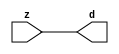

//------> /package/eda/mg/Catapult_10.3d/Mgc_home/pkgs/siflibs/mgc_in_wire_v2.v 
//------------------------------------------------------------------------------
// Catapult Synthesis - Sample I/O Port Library
//
// Copyright (c) 2003-2017 Mentor Graphics Corp.
//       All Rights Reserved
//
// This document may be used and distributed without restriction provided that
// this copyright statement is not removed from the file and that any derivative
// work contains this copyright notice.
//
// The design information contained in this file is intended to be an example
// of the functionality which the end user may study in preparation for creating
// their own custom interfaces. This design does not necessarily present a 
// complete implementation of the named protocol or standard.
//
//------------------------------------------------------------------------------


module mgc_in_wire_v2 (d, z);

  parameter integer rscid = 1;
  parameter integer width = 8;

  output [width-1:0] d;
  input  [width-1:0] z;

  wire   [width-1:0] d;

  assign d = z;

endmodule


//------> /package/eda/mg/Catapult_10.3d/Mgc_home/pkgs/siflibs/ccs_in_v1.v 
//------------------------------------------------------------------------------
// Catapult Synthesis - Sample I/O Port Library
//
// Copyright (c) 2003-2017 Mentor Graphics Corp.
//       All Rights Reserved
//
// This document may be used and distributed without restriction provided that
// this copyright statement is not removed from the file and that any derivative
// work contains this copyright notice.
//
// The design information contained in this file is intended to be an example
// of the functionality which the end user may study in preparation for creating
// their own custom interfaces. This design does not necessarily present a 
// complete implementation of the named protocol or standard.
//
//------------------------------------------------------------------------------


module ccs_in_v1 (idat, dat);

  parameter integer rscid = 1;
  parameter integer width = 8;

  output [width-1:0] idat;
  input  [width-1:0] dat;

  wire   [width-1:0] idat;

  assign idat = dat;

endmodule


//------> /package/eda/mg/Catapult_10.3d/Mgc_home/pkgs/siflibs/ccs_out_v1.v 
//------------------------------------------------------------------------------
// Catapult Synthesis - Sample I/O Port Library
//
// Copyright (c) 2003-2015 Mentor Graphics Corp.
//       All Rights Reserved
//
// This document may be used and distributed without restriction provided that
// this copyright statement is not removed from the file and that any derivative
// work contains this copyright notice.
//
// The design information contained in this file is intended to be an example
// of the functionality which the end user may study in preparation for creating
// their own custom interfaces. This design does not necessarily present a 
// complete implementation of the named protocol or standard.
//
//------------------------------------------------------------------------------

module ccs_out_v1 (dat, idat);

  parameter integer rscid = 1;
  parameter integer width = 8;

  output   [width-1:0] dat;
  input    [width-1:0] idat;

  wire     [width-1:0] dat;

  assign dat = idat;

endmodule




//------> /package/eda/mg/Catapult_10.3d/Mgc_home/pkgs/siflibs/mgc_io_sync_v2.v 
//------------------------------------------------------------------------------
// Catapult Synthesis - Sample I/O Port Library
//
// Copyright (c) 2003-2017 Mentor Graphics Corp.
//       All Rights Reserved
//
// This document may be used and distributed without restriction provided that
// this copyright statement is not removed from the file and that any derivative
// work contains this copyright notice.
//
// The design information contained in this file is intended to be an example
// of the functionality which the end user may study in preparation for creating
// their own custom interfaces. This design does not necessarily present a 
// complete implementation of the named protocol or standard.
//
//------------------------------------------------------------------------------


module mgc_io_sync_v2 (ld, lz);
    parameter valid = 0;

    input  ld;
    output lz;

    wire   lz;

    assign lz = ld;

endmodule


//------> ./rtl.v 
// ----------------------------------------------------------------------
//  HLS HDL:        Verilog Netlister
//  HLS Version:    10.3d/815731 Production Release
//  HLS Date:       Wed Apr 24 14:54:19 PDT 2019
// 
//  Generated by:   695r48@ecegrid-thin4.ecn.purdue.edu
//  Generated date: Wed Nov 10 16:28:20 2021
// ----------------------------------------------------------------------

// 
// ------------------------------------------------------------------
//  Design Unit:    fir_core_core_fsm
//  FSM Module
// ------------------------------------------------------------------


module fir_core_core_fsm (
  clk, rst, fsm_output
);
  input clk;
  input rst;
  output [1:0] fsm_output;
  reg [1:0] fsm_output;


  // FSM State Type Declaration for fir_core_core_fsm_1
  parameter
    main_C_0 = 1'd0,
    main_C_1 = 1'd1;

  reg [0:0] state_var;
  reg [0:0] state_var_NS;


  // Interconnect Declarations for Component Instantiations 
  always @(*)
  begin : fir_core_core_fsm_1
    case (state_var)
      main_C_1 : begin
        fsm_output = 2'b10;
        state_var_NS = main_C_0;
      end
      // main_C_0
      default : begin
        fsm_output = 2'b01;
        state_var_NS = main_C_1;
      end
    endcase
  end

  always @(posedge clk) begin
    if ( rst ) begin
      state_var <= main_C_0;
    end
    else begin
      state_var <= state_var_NS;
    end
  end

endmodule

// ------------------------------------------------------------------
//  Design Unit:    fir_core
// ------------------------------------------------------------------


module fir_core (
  clk, rst, coeffs_rsc_z, coeffs_rsc_triosy_lz, in1_rsc_dat, in1_rsc_triosy_lz, out1_rsc_dat,
      out1_rsc_triosy_lz
);
  input clk;
  input rst;
  input [511:0] coeffs_rsc_z;
  output coeffs_rsc_triosy_lz;
  input [15:0] in1_rsc_dat;
  output in1_rsc_triosy_lz;
  output [15:0] out1_rsc_dat;
  output out1_rsc_triosy_lz;


  // Interconnect Declarations
  wire [511:0] coeffs_rsci_d;
  wire [15:0] in1_rsci_idat;
  reg [15:0] out1_rsci_idat;
  reg out1_rsc_triosy_obj_ld;
  wire [1:0] fsm_output;
  wire or_tmp;
  reg main_stage_0_2;
  reg reg_in1_rsc_triosy_obj_ld_cse;
  wire [29:0] z_out;
  wire [30:0] nl_z_out;
  reg [15:0] regs_15_sva;
  reg [15:0] regs_16_sva;
  reg [15:0] regs_14_sva;
  reg [15:0] regs_17_sva;
  reg [15:0] regs_13_sva;
  reg [15:0] regs_18_sva;
  reg [15:0] regs_12_sva;
  reg [15:0] regs_19_sva;
  reg [15:0] regs_11_sva;
  reg [15:0] regs_20_sva;
  reg [15:0] regs_10_sva;
  reg [15:0] regs_21_sva;
  reg [15:0] regs_9_sva;
  reg [15:0] regs_22_sva;
  reg [15:0] regs_8_sva;
  reg [15:0] regs_23_sva;
  reg [15:0] regs_7_sva;
  reg [15:0] regs_24_sva;
  reg [15:0] regs_6_sva;
  reg [15:0] regs_25_sva;
  reg [15:0] regs_5_sva;
  reg [15:0] regs_26_sva;
  reg [15:0] regs_4_sva;
  reg [15:0] regs_27_sva;
  reg [15:0] regs_3_sva;
  reg [15:0] regs_28_sva;
  reg [15:0] regs_2_sva;
  reg [15:0] regs_29_sva;
  reg [15:0] regs_1_sva;
  reg [15:0] regs_30_sva;
  reg [15:0] regs_0_sva;
  reg [16:0] MAC_1_acc_3_itm;
  reg [16:0] MAC_2_acc_3_itm;
  wire [17:0] nl_MAC_2_acc_3_itm;
  reg [16:0] MAC_3_acc_3_itm;
  wire [17:0] nl_MAC_3_acc_3_itm;
  reg [16:0] MAC_4_acc_3_itm;
  wire [17:0] nl_MAC_4_acc_3_itm;
  reg [16:0] MAC_5_acc_3_itm;
  wire [17:0] nl_MAC_5_acc_3_itm;
  reg [16:0] MAC_6_acc_3_itm;
  wire [17:0] nl_MAC_6_acc_3_itm;
  reg [16:0] MAC_7_acc_3_itm;
  wire [17:0] nl_MAC_7_acc_3_itm;
  reg [16:0] MAC_8_acc_3_itm;
  wire [17:0] nl_MAC_8_acc_3_itm;
  reg [29:0] MAC_9_mul_itm;
  reg [29:0] MAC_10_mul_itm;
  reg [29:0] MAC_11_mul_itm;
  reg [29:0] MAC_12_mul_itm;
  reg [29:0] MAC_13_mul_itm;
  wire signed [32:0] nl_MAC_13_mul_itm;
  reg [29:0] MAC_14_mul_itm;
  reg [29:0] MAC_15_mul_itm;
  wire signed [32:0] nl_MAC_15_mul_itm;
  reg [29:0] MAC_16_mul_itm;
  wire signed [32:0] nl_MAC_16_mul_itm;
  reg [127:0] MAC_io_read_coeffs_rsc_cse_255_0_sva_127_0;

  wire[29:0] MAC_9_mul_nl;
  wire signed [32:0] nl_MAC_9_mul_nl;
  wire[16:0] MAC_9_acc_3_nl;
  wire[17:0] nl_MAC_9_acc_3_nl;
  wire[29:0] MAC_acc_11_nl;
  wire[30:0] nl_MAC_acc_11_nl;
  wire[29:0] MAC_1_mul_nl;
  wire signed [32:0] nl_MAC_1_mul_nl;
  wire[29:0] MAC_2_mul_nl;
  wire signed [32:0] nl_MAC_2_mul_nl;
  wire[29:0] MAC_10_mul_nl;
  wire signed [32:0] nl_MAC_10_mul_nl;
  wire[16:0] MAC_10_acc_3_nl;
  wire[17:0] nl_MAC_10_acc_3_nl;
  wire[29:0] MAC_acc_10_nl;
  wire[30:0] nl_MAC_acc_10_nl;
  wire[29:0] MAC_3_mul_nl;
  wire signed [32:0] nl_MAC_3_mul_nl;
  wire[29:0] MAC_4_mul_nl;
  wire signed [32:0] nl_MAC_4_mul_nl;
  wire[29:0] MAC_11_mul_nl;
  wire signed [32:0] nl_MAC_11_mul_nl;
  wire[16:0] MAC_11_acc_3_nl;
  wire[17:0] nl_MAC_11_acc_3_nl;
  wire[29:0] MAC_acc_9_nl;
  wire[30:0] nl_MAC_acc_9_nl;
  wire[29:0] MAC_5_mul_nl;
  wire signed [32:0] nl_MAC_5_mul_nl;
  wire[29:0] MAC_6_mul_nl;
  wire signed [32:0] nl_MAC_6_mul_nl;
  wire[29:0] MAC_12_mul_nl;
  wire signed [32:0] nl_MAC_12_mul_nl;
  wire[16:0] MAC_12_acc_3_nl;
  wire[17:0] nl_MAC_12_acc_3_nl;
  wire[29:0] MAC_acc_8_nl;
  wire[30:0] nl_MAC_acc_8_nl;
  wire[29:0] MAC_7_mul_nl;
  wire signed [32:0] nl_MAC_7_mul_nl;
  wire[29:0] MAC_8_mul_nl;
  wire signed [32:0] nl_MAC_8_mul_nl;
  wire[16:0] MAC_13_acc_3_nl;
  wire[17:0] nl_MAC_13_acc_3_nl;
  wire[29:0] MAC_14_mul_nl;
  wire signed [32:0] nl_MAC_14_mul_nl;
  wire[16:0] MAC_14_acc_3_nl;
  wire[17:0] nl_MAC_14_acc_3_nl;
  wire[16:0] MAC_15_acc_3_nl;
  wire[17:0] nl_MAC_15_acc_3_nl;
  wire[16:0] MAC_16_acc_3_nl;
  wire[17:0] nl_MAC_16_acc_3_nl;
  wire[16:0] MAC_1_acc_3_nl;
  wire[17:0] nl_MAC_1_acc_3_nl;
  wire[29:0] MAC_acc_24_nl;
  wire[30:0] nl_MAC_acc_24_nl;
  wire[29:0] MAC_acc_25_nl;
  wire[30:0] nl_MAC_acc_25_nl;
  wire[29:0] MAC_acc_26_nl;
  wire[30:0] nl_MAC_acc_26_nl;
  wire[29:0] MAC_mux_7_nl;
  wire[29:0] MAC_acc_27_nl;
  wire[30:0] nl_MAC_acc_27_nl;
  wire[29:0] MAC_acc_28_nl;
  wire[30:0] nl_MAC_acc_28_nl;
  wire[29:0] MAC_acc_29_nl;
  wire[30:0] nl_MAC_acc_29_nl;

  // Interconnect Declarations for Component Instantiations 
  mgc_in_wire_v2 #(.rscid(32'sd1),
  .width(32'sd512)) coeffs_rsci (
      .d(coeffs_rsci_d),
      .z(coeffs_rsc_z)
    );
  ccs_in_v1 #(.rscid(32'sd2),
  .width(32'sd16)) in1_rsci (
      .dat(in1_rsc_dat),
      .idat(in1_rsci_idat)
    );
  ccs_out_v1 #(.rscid(32'sd3),
  .width(32'sd16)) out1_rsci (
      .idat(out1_rsci_idat),
      .dat(out1_rsc_dat)
    );
  mgc_io_sync_v2 #(.valid(32'sd0)) coeffs_rsc_triosy_obj (
      .ld(reg_in1_rsc_triosy_obj_ld_cse),
      .lz(coeffs_rsc_triosy_lz)
    );
  mgc_io_sync_v2 #(.valid(32'sd0)) in1_rsc_triosy_obj (
      .ld(reg_in1_rsc_triosy_obj_ld_cse),
      .lz(in1_rsc_triosy_lz)
    );
  mgc_io_sync_v2 #(.valid(32'sd0)) out1_rsc_triosy_obj (
      .ld(out1_rsc_triosy_obj_ld),
      .lz(out1_rsc_triosy_lz)
    );
  fir_core_core_fsm fir_core_core_fsm_inst (
      .clk(clk),
      .rst(rst),
      .fsm_output(fsm_output)
    );
  assign or_tmp = (fsm_output[1]) | (~ main_stage_0_2);
  always @(posedge clk) begin
    if ( rst ) begin
      out1_rsc_triosy_obj_ld <= 1'b0;
      reg_in1_rsc_triosy_obj_ld_cse <= 1'b0;
      main_stage_0_2 <= 1'b0;
      MAC_9_mul_itm <= 30'b000000000000000000000000000000;
      MAC_10_mul_itm <= 30'b000000000000000000000000000000;
      MAC_11_mul_itm <= 30'b000000000000000000000000000000;
      MAC_12_mul_itm <= 30'b000000000000000000000000000000;
      MAC_13_mul_itm <= 30'b000000000000000000000000000000;
      MAC_14_mul_itm <= 30'b000000000000000000000000000000;
      MAC_15_mul_itm <= 30'b000000000000000000000000000000;
      MAC_16_mul_itm <= 30'b000000000000000000000000000000;
      MAC_7_acc_3_itm <= 17'b00000000000000000;
      MAC_io_read_coeffs_rsc_cse_255_0_sva_127_0 <= 128'b00000000000000000000000000000000000000000000000000000000000000000000000000000000000000000000000000000000000000000000000000000000;
      MAC_8_acc_3_itm <= 17'b00000000000000000;
      MAC_5_acc_3_itm <= 17'b00000000000000000;
      MAC_6_acc_3_itm <= 17'b00000000000000000;
      MAC_3_acc_3_itm <= 17'b00000000000000000;
      MAC_4_acc_3_itm <= 17'b00000000000000000;
      MAC_1_acc_3_itm <= 17'b00000000000000000;
      MAC_2_acc_3_itm <= 17'b00000000000000000;
    end
    else begin
      out1_rsc_triosy_obj_ld <= ~ or_tmp;
      reg_in1_rsc_triosy_obj_ld_cse <= ~ (fsm_output[1]);
      main_stage_0_2 <= 1'b1;
      MAC_9_mul_itm <= MUX_v_30_2_2((MAC_9_mul_nl), (MAC_acc_11_nl), fsm_output[1]);
      MAC_10_mul_itm <= MUX_v_30_2_2((MAC_10_mul_nl), (MAC_acc_10_nl), fsm_output[1]);
      MAC_11_mul_itm <= MUX_v_30_2_2((MAC_11_mul_nl), (MAC_acc_9_nl), fsm_output[1]);
      MAC_12_mul_itm <= MUX_v_30_2_2((MAC_12_mul_nl), (MAC_acc_8_nl), fsm_output[1]);
      MAC_13_mul_itm <= nl_MAC_13_mul_itm[29:0];
      MAC_14_mul_itm <= MUX_v_30_2_2((MAC_14_mul_nl), z_out, fsm_output[1]);
      MAC_15_mul_itm <= nl_MAC_15_mul_itm[29:0];
      MAC_16_mul_itm <= nl_MAC_16_mul_itm[29:0];
      MAC_7_acc_3_itm <= nl_MAC_7_acc_3_itm[16:0];
      MAC_io_read_coeffs_rsc_cse_255_0_sva_127_0 <= coeffs_rsci_d[127:0];
      MAC_8_acc_3_itm <= nl_MAC_8_acc_3_itm[16:0];
      MAC_5_acc_3_itm <= nl_MAC_5_acc_3_itm[16:0];
      MAC_6_acc_3_itm <= nl_MAC_6_acc_3_itm[16:0];
      MAC_3_acc_3_itm <= nl_MAC_3_acc_3_itm[16:0];
      MAC_4_acc_3_itm <= nl_MAC_4_acc_3_itm[16:0];
      MAC_1_acc_3_itm <= MUX_v_17_2_2((MAC_1_acc_3_nl), ({1'b0 , regs_30_sva}), fsm_output[1]);
      MAC_2_acc_3_itm <= nl_MAC_2_acc_3_itm[16:0];
    end
  end
  always @(posedge clk) begin
    if ( rst ) begin
      out1_rsci_idat <= 16'b0000000000000000;
    end
    else if ( ~ or_tmp ) begin
      out1_rsci_idat <= z_out[29:14];
    end
  end
  always @(posedge clk) begin
    if ( rst ) begin
      regs_1_sva <= 16'b0000000000000000;
    end
    else if ( ~ (fsm_output[1]) ) begin
      regs_1_sva <= regs_0_sva;
    end
  end
  always @(posedge clk) begin
    if ( rst ) begin
      regs_0_sva <= 16'b0000000000000000;
    end
    else if ( ~ (fsm_output[1]) ) begin
      regs_0_sva <= in1_rsci_idat;
    end
  end
  always @(posedge clk) begin
    if ( rst ) begin
      regs_15_sva <= 16'b0000000000000000;
    end
    else if ( ~ (fsm_output[0]) ) begin
      regs_15_sva <= regs_14_sva;
    end
  end
  always @(posedge clk) begin
    if ( rst ) begin
      regs_14_sva <= 16'b0000000000000000;
    end
    else if ( ~ (fsm_output[0]) ) begin
      regs_14_sva <= regs_13_sva;
    end
  end
  always @(posedge clk) begin
    if ( rst ) begin
      regs_16_sva <= 16'b0000000000000000;
    end
    else if ( ~ (fsm_output[0]) ) begin
      regs_16_sva <= regs_15_sva;
    end
  end
  always @(posedge clk) begin
    if ( rst ) begin
      regs_13_sva <= 16'b0000000000000000;
    end
    else if ( ~ (fsm_output[0]) ) begin
      regs_13_sva <= regs_12_sva;
    end
  end
  always @(posedge clk) begin
    if ( rst ) begin
      regs_17_sva <= 16'b0000000000000000;
    end
    else if ( ~ (fsm_output[0]) ) begin
      regs_17_sva <= regs_16_sva;
    end
  end
  always @(posedge clk) begin
    if ( rst ) begin
      regs_12_sva <= 16'b0000000000000000;
    end
    else if ( ~ (fsm_output[0]) ) begin
      regs_12_sva <= regs_11_sva;
    end
  end
  always @(posedge clk) begin
    if ( rst ) begin
      regs_18_sva <= 16'b0000000000000000;
    end
    else if ( ~ (fsm_output[0]) ) begin
      regs_18_sva <= regs_17_sva;
    end
  end
  always @(posedge clk) begin
    if ( rst ) begin
      regs_11_sva <= 16'b0000000000000000;
    end
    else if ( ~ (fsm_output[0]) ) begin
      regs_11_sva <= regs_10_sva;
    end
  end
  always @(posedge clk) begin
    if ( rst ) begin
      regs_19_sva <= 16'b0000000000000000;
    end
    else if ( ~ (fsm_output[0]) ) begin
      regs_19_sva <= regs_18_sva;
    end
  end
  always @(posedge clk) begin
    if ( rst ) begin
      regs_10_sva <= 16'b0000000000000000;
    end
    else if ( ~ (fsm_output[0]) ) begin
      regs_10_sva <= regs_9_sva;
    end
  end
  always @(posedge clk) begin
    if ( rst ) begin
      regs_20_sva <= 16'b0000000000000000;
    end
    else if ( ~ (fsm_output[0]) ) begin
      regs_20_sva <= regs_19_sva;
    end
  end
  always @(posedge clk) begin
    if ( rst ) begin
      regs_9_sva <= 16'b0000000000000000;
    end
    else if ( ~ (fsm_output[0]) ) begin
      regs_9_sva <= regs_8_sva;
    end
  end
  always @(posedge clk) begin
    if ( rst ) begin
      regs_21_sva <= 16'b0000000000000000;
    end
    else if ( ~ (fsm_output[0]) ) begin
      regs_21_sva <= regs_20_sva;
    end
  end
  always @(posedge clk) begin
    if ( rst ) begin
      regs_8_sva <= 16'b0000000000000000;
    end
    else if ( ~ (fsm_output[0]) ) begin
      regs_8_sva <= regs_7_sva;
    end
  end
  always @(posedge clk) begin
    if ( rst ) begin
      regs_22_sva <= 16'b0000000000000000;
    end
    else if ( ~ (fsm_output[0]) ) begin
      regs_22_sva <= regs_21_sva;
    end
  end
  always @(posedge clk) begin
    if ( rst ) begin
      regs_7_sva <= 16'b0000000000000000;
    end
    else if ( ~ (fsm_output[0]) ) begin
      regs_7_sva <= regs_6_sva;
    end
  end
  always @(posedge clk) begin
    if ( rst ) begin
      regs_23_sva <= 16'b0000000000000000;
    end
    else if ( ~ (fsm_output[0]) ) begin
      regs_23_sva <= regs_22_sva;
    end
  end
  always @(posedge clk) begin
    if ( rst ) begin
      regs_6_sva <= 16'b0000000000000000;
    end
    else if ( ~ (fsm_output[0]) ) begin
      regs_6_sva <= regs_5_sva;
    end
  end
  always @(posedge clk) begin
    if ( rst ) begin
      regs_24_sva <= 16'b0000000000000000;
    end
    else if ( ~ (fsm_output[0]) ) begin
      regs_24_sva <= regs_23_sva;
    end
  end
  always @(posedge clk) begin
    if ( rst ) begin
      regs_5_sva <= 16'b0000000000000000;
    end
    else if ( ~ (fsm_output[0]) ) begin
      regs_5_sva <= regs_4_sva;
    end
  end
  always @(posedge clk) begin
    if ( rst ) begin
      regs_25_sva <= 16'b0000000000000000;
    end
    else if ( ~ (fsm_output[0]) ) begin
      regs_25_sva <= regs_24_sva;
    end
  end
  always @(posedge clk) begin
    if ( rst ) begin
      regs_4_sva <= 16'b0000000000000000;
    end
    else if ( ~ (fsm_output[0]) ) begin
      regs_4_sva <= regs_3_sva;
    end
  end
  always @(posedge clk) begin
    if ( rst ) begin
      regs_26_sva <= 16'b0000000000000000;
    end
    else if ( ~ (fsm_output[0]) ) begin
      regs_26_sva <= regs_25_sva;
    end
  end
  always @(posedge clk) begin
    if ( rst ) begin
      regs_3_sva <= 16'b0000000000000000;
    end
    else if ( ~ (fsm_output[0]) ) begin
      regs_3_sva <= regs_2_sva;
    end
  end
  always @(posedge clk) begin
    if ( rst ) begin
      regs_27_sva <= 16'b0000000000000000;
    end
    else if ( ~ (fsm_output[0]) ) begin
      regs_27_sva <= regs_26_sva;
    end
  end
  always @(posedge clk) begin
    if ( rst ) begin
      regs_2_sva <= 16'b0000000000000000;
    end
    else if ( ~ (fsm_output[0]) ) begin
      regs_2_sva <= regs_1_sva;
    end
  end
  always @(posedge clk) begin
    if ( rst ) begin
      regs_28_sva <= 16'b0000000000000000;
    end
    else if ( ~ (fsm_output[0]) ) begin
      regs_28_sva <= regs_27_sva;
    end
  end
  always @(posedge clk) begin
    if ( rst ) begin
      regs_29_sva <= 16'b0000000000000000;
    end
    else if ( ~ (fsm_output[0]) ) begin
      regs_29_sva <= regs_28_sva;
    end
  end
  always @(posedge clk) begin
    if ( rst ) begin
      regs_30_sva <= 16'b0000000000000000;
    end
    else if ( ~ (fsm_output[0]) ) begin
      regs_30_sva <= regs_29_sva;
    end
  end
  assign nl_MAC_9_acc_3_nl = conv_s2s_16_17(regs_8_sva) + conv_s2s_16_17(regs_23_sva);
  assign MAC_9_acc_3_nl = nl_MAC_9_acc_3_nl[16:0];
  assign nl_MAC_9_mul_nl = $signed((MAC_9_acc_3_nl)) * $signed((coeffs_rsci_d[143:128]));
  assign MAC_9_mul_nl = nl_MAC_9_mul_nl[29:0];
  assign nl_MAC_1_mul_nl = $signed(MAC_1_acc_3_itm) * $signed((MAC_io_read_coeffs_rsc_cse_255_0_sva_127_0[15:0]));
  assign MAC_1_mul_nl = nl_MAC_1_mul_nl[29:0];
  assign nl_MAC_2_mul_nl = $signed(MAC_2_acc_3_itm) * $signed((MAC_io_read_coeffs_rsc_cse_255_0_sva_127_0[31:16]));
  assign MAC_2_mul_nl = nl_MAC_2_mul_nl[29:0];
  assign nl_MAC_acc_11_nl = (MAC_1_mul_nl) + (MAC_2_mul_nl);
  assign MAC_acc_11_nl = nl_MAC_acc_11_nl[29:0];
  assign nl_MAC_10_acc_3_nl = conv_s2s_16_17(regs_9_sva) + conv_s2s_16_17(regs_22_sva);
  assign MAC_10_acc_3_nl = nl_MAC_10_acc_3_nl[16:0];
  assign nl_MAC_10_mul_nl = $signed((MAC_10_acc_3_nl)) * $signed((coeffs_rsci_d[159:144]));
  assign MAC_10_mul_nl = nl_MAC_10_mul_nl[29:0];
  assign nl_MAC_3_mul_nl = $signed(MAC_3_acc_3_itm) * $signed((MAC_io_read_coeffs_rsc_cse_255_0_sva_127_0[47:32]));
  assign MAC_3_mul_nl = nl_MAC_3_mul_nl[29:0];
  assign nl_MAC_4_mul_nl = $signed(MAC_4_acc_3_itm) * $signed((MAC_io_read_coeffs_rsc_cse_255_0_sva_127_0[63:48]));
  assign MAC_4_mul_nl = nl_MAC_4_mul_nl[29:0];
  assign nl_MAC_acc_10_nl = (MAC_3_mul_nl) + (MAC_4_mul_nl);
  assign MAC_acc_10_nl = nl_MAC_acc_10_nl[29:0];
  assign nl_MAC_11_acc_3_nl = conv_s2s_16_17(regs_10_sva) + conv_s2s_16_17(regs_21_sva);
  assign MAC_11_acc_3_nl = nl_MAC_11_acc_3_nl[16:0];
  assign nl_MAC_11_mul_nl = $signed((MAC_11_acc_3_nl)) * $signed((coeffs_rsci_d[175:160]));
  assign MAC_11_mul_nl = nl_MAC_11_mul_nl[29:0];
  assign nl_MAC_5_mul_nl = $signed(MAC_5_acc_3_itm) * $signed((MAC_io_read_coeffs_rsc_cse_255_0_sva_127_0[79:64]));
  assign MAC_5_mul_nl = nl_MAC_5_mul_nl[29:0];
  assign nl_MAC_6_mul_nl = $signed(MAC_6_acc_3_itm) * $signed((MAC_io_read_coeffs_rsc_cse_255_0_sva_127_0[95:80]));
  assign MAC_6_mul_nl = nl_MAC_6_mul_nl[29:0];
  assign nl_MAC_acc_9_nl = (MAC_5_mul_nl) + (MAC_6_mul_nl);
  assign MAC_acc_9_nl = nl_MAC_acc_9_nl[29:0];
  assign nl_MAC_12_acc_3_nl = conv_s2s_16_17(regs_11_sva) + conv_s2s_16_17(regs_20_sva);
  assign MAC_12_acc_3_nl = nl_MAC_12_acc_3_nl[16:0];
  assign nl_MAC_12_mul_nl = $signed((MAC_12_acc_3_nl)) * $signed((coeffs_rsci_d[191:176]));
  assign MAC_12_mul_nl = nl_MAC_12_mul_nl[29:0];
  assign nl_MAC_7_mul_nl = $signed(MAC_7_acc_3_itm) * $signed((MAC_io_read_coeffs_rsc_cse_255_0_sva_127_0[111:96]));
  assign MAC_7_mul_nl = nl_MAC_7_mul_nl[29:0];
  assign nl_MAC_8_mul_nl = $signed(MAC_8_acc_3_itm) * $signed((MAC_io_read_coeffs_rsc_cse_255_0_sva_127_0[127:112]));
  assign MAC_8_mul_nl = nl_MAC_8_mul_nl[29:0];
  assign nl_MAC_acc_8_nl = (MAC_7_mul_nl) + (MAC_8_mul_nl);
  assign MAC_acc_8_nl = nl_MAC_acc_8_nl[29:0];
  assign nl_MAC_13_acc_3_nl = conv_s2s_16_17(regs_12_sva) + conv_s2s_16_17(regs_19_sva);
  assign MAC_13_acc_3_nl = nl_MAC_13_acc_3_nl[16:0];
  assign nl_MAC_13_mul_itm  = $signed((MAC_13_acc_3_nl)) * $signed((coeffs_rsci_d[207:192]));
  assign nl_MAC_14_acc_3_nl = conv_s2s_16_17(regs_13_sva) + conv_s2s_16_17(regs_18_sva);
  assign MAC_14_acc_3_nl = nl_MAC_14_acc_3_nl[16:0];
  assign nl_MAC_14_mul_nl = $signed((MAC_14_acc_3_nl)) * $signed((coeffs_rsci_d[223:208]));
  assign MAC_14_mul_nl = nl_MAC_14_mul_nl[29:0];
  assign nl_MAC_15_acc_3_nl = conv_s2s_16_17(regs_14_sva) + conv_s2s_16_17(regs_17_sva);
  assign MAC_15_acc_3_nl = nl_MAC_15_acc_3_nl[16:0];
  assign nl_MAC_15_mul_itm  = $signed((MAC_15_acc_3_nl)) * $signed((coeffs_rsci_d[239:224]));
  assign nl_MAC_16_acc_3_nl = conv_s2s_16_17(regs_15_sva) + conv_s2s_16_17(regs_16_sva);
  assign MAC_16_acc_3_nl = nl_MAC_16_acc_3_nl[16:0];
  assign nl_MAC_16_mul_itm  = $signed((MAC_16_acc_3_nl)) * $signed((coeffs_rsci_d[255:240]));
  assign nl_MAC_7_acc_3_itm  = conv_s2s_16_17(regs_6_sva) + conv_s2s_16_17(regs_25_sva);
  assign nl_MAC_8_acc_3_itm  = conv_s2s_16_17(regs_7_sva) + conv_s2s_16_17(regs_24_sva);
  assign nl_MAC_5_acc_3_itm  = conv_s2s_16_17(regs_4_sva) + conv_s2s_16_17(regs_27_sva);
  assign nl_MAC_6_acc_3_itm  = conv_s2s_16_17(regs_5_sva) + conv_s2s_16_17(regs_26_sva);
  assign nl_MAC_3_acc_3_itm  = conv_s2s_16_17(regs_1_sva) + conv_s2s_16_17(regs_29_sva);
  assign nl_MAC_4_acc_3_itm  = conv_s2s_16_17(regs_3_sva) + conv_s2s_16_17(regs_28_sva);
  assign nl_MAC_1_acc_3_nl = conv_s2s_16_17(in1_rsci_idat) + conv_s2s_16_17(MAC_1_acc_3_itm[15:0]);
  assign MAC_1_acc_3_nl = nl_MAC_1_acc_3_nl[16:0];
  assign nl_MAC_2_acc_3_itm  = conv_s2s_16_17(regs_0_sva) + conv_s2s_16_17(regs_30_sva);
  assign nl_MAC_acc_25_nl = MAC_9_mul_itm + MAC_10_mul_itm;
  assign MAC_acc_25_nl = nl_MAC_acc_25_nl[29:0];
  assign nl_MAC_acc_26_nl = MAC_11_mul_itm + MAC_12_mul_itm;
  assign MAC_acc_26_nl = nl_MAC_acc_26_nl[29:0];
  assign nl_MAC_acc_24_nl = (MAC_acc_25_nl) + (MAC_acc_26_nl);
  assign MAC_acc_24_nl = nl_MAC_acc_24_nl[29:0];
  assign nl_MAC_acc_28_nl = MAC_13_mul_itm + MAC_14_mul_itm;
  assign MAC_acc_28_nl = nl_MAC_acc_28_nl[29:0];
  assign nl_MAC_acc_29_nl = MAC_15_mul_itm + MAC_16_mul_itm;
  assign MAC_acc_29_nl = nl_MAC_acc_29_nl[29:0];
  assign nl_MAC_acc_27_nl = (MAC_acc_28_nl) + (MAC_acc_29_nl);
  assign MAC_acc_27_nl = nl_MAC_acc_27_nl[29:0];
  assign MAC_mux_7_nl = MUX_v_30_2_2(MAC_14_mul_itm, (MAC_acc_27_nl), fsm_output[1]);
  assign nl_z_out = (MAC_acc_24_nl) + (MAC_mux_7_nl);
  assign z_out = nl_z_out[29:0];

  function automatic [16:0] MUX_v_17_2_2;
    input [16:0] input_0;
    input [16:0] input_1;
    input [0:0] sel;
    reg [16:0] result;
  begin
    case (sel)
      1'b0 : begin
        result = input_0;
      end
      default : begin
        result = input_1;
      end
    endcase
    MUX_v_17_2_2 = result;
  end
  endfunction


  function automatic [29:0] MUX_v_30_2_2;
    input [29:0] input_0;
    input [29:0] input_1;
    input [0:0] sel;
    reg [29:0] result;
  begin
    case (sel)
      1'b0 : begin
        result = input_0;
      end
      default : begin
        result = input_1;
      end
    endcase
    MUX_v_30_2_2 = result;
  end
  endfunction


  function automatic [16:0] conv_s2s_16_17 ;
    input [15:0]  vector ;
  begin
    conv_s2s_16_17 = {vector[15], vector};
  end
  endfunction

endmodule

// ------------------------------------------------------------------
//  Design Unit:    fir
// ------------------------------------------------------------------


module fir (
  clk, rst, coeffs_rsc_z, coeffs_rsc_triosy_lz, in1_rsc_dat, in1_rsc_triosy_lz, out1_rsc_dat,
      out1_rsc_triosy_lz
);
  input clk;
  input rst;
  input [511:0] coeffs_rsc_z;
  output coeffs_rsc_triosy_lz;
  input [15:0] in1_rsc_dat;
  output in1_rsc_triosy_lz;
  output [15:0] out1_rsc_dat;
  output out1_rsc_triosy_lz;



  // Interconnect Declarations for Component Instantiations 
  fir_core fir_core_inst (
      .clk(clk),
      .rst(rst),
      .coeffs_rsc_z(coeffs_rsc_z),
      .coeffs_rsc_triosy_lz(coeffs_rsc_triosy_lz),
      .in1_rsc_dat(in1_rsc_dat),
      .in1_rsc_triosy_lz(in1_rsc_triosy_lz),
      .out1_rsc_dat(out1_rsc_dat),
      .out1_rsc_triosy_lz(out1_rsc_triosy_lz)
    );
endmodule